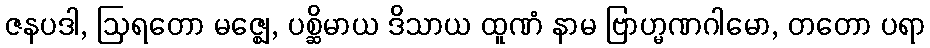
ဇနပဒါ, ဩရတော မဇ္ဈေ, ပစ္ဆိမာယ ဒိသာယ ထူဏံ နာမ ဗြာဟ္မဏဂါမော, တတော ပရာ